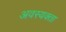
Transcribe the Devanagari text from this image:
अवस्यक्ता